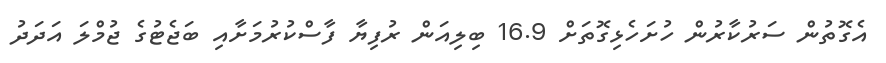
އެގޮތުން ސަރުކާރުން ހުށަހެޅިގޮތަށް 16.9 ބިލިއަން ރުފިޔާ ފާސްކުރުމަށާއި ބަޖެޓުގެ ޖުމްލަ އަދަދު